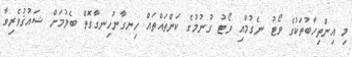
މި އިންތިހާބުތަކުގެ ވޯޓު ނެގުމާއި ވޯޓު ގުނުމުގެ ކަންތައްތައް ހިނގާނުހިނގާގޮތް ބެލުމަށް ޝައުޤުވެރިވާ